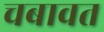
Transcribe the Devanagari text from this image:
चबावत